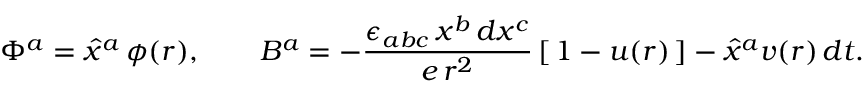
\Phi ^ { a } = \hat { x } ^ { a } \, \phi ( r ) , \qquad B ^ { a } = - \frac { \epsilon _ { a b c } \, x ^ { b } \, d x ^ { c } } { e \, r ^ { 2 } } \, [ \, 1 - u ( r ) \, ] - \hat { x } ^ { a } v ( r ) \, d t .